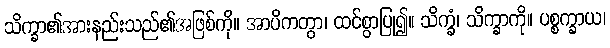
သိက္ခာ၏အားနည်းသည်၏အဖြစ်ကို။ အာပိကတွာ၊ ထင်စွာပြု၍။ သိက္ခံ၊ သိက္ခာကို။ ပစ္စက္ခာယ၊